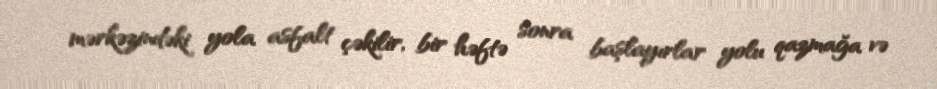
mərkəzindəki yola asfalt çəkilir, bir həftə sonra başlayırlar yolu qazmağa və